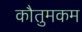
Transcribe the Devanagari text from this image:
कौतुमकम